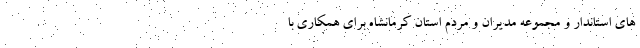
های استاندار و مجموعه مدیران و مردم استان کرمانشاه برای همکاری با